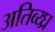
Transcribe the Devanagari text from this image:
अतिव्य्घ्र